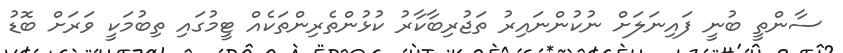
ސާންތީ ބުނީ ފައިނަލަށް ނުކުންނައިރު ތަޖުރިބާކާރު ކުޅުންތެރިންތަކެއް ޓީމުގައި ތިބުމަކީ ވަރަށް ބޮޑު